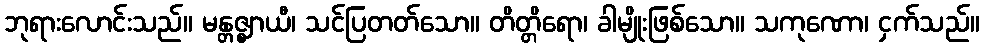
ဘုရားလောင်းသည်။ မန္တဇ္ဈာယီ၊ သင်ပြတတ်သော။ တိတ္တိရော၊ ခါမျိုးဖြစ်သော။ သကုဏော၊ ငှက်သည်။